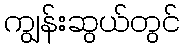
ကျွန်းဆွယ်တွင်